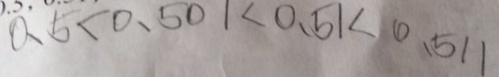
0 . 5 < 0 . 5 0 1 < 0 . 5 1 < 0 . 5 1 1